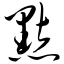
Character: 点